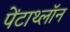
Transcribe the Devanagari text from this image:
पेंटाथ्लॉन